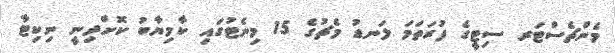
މެންޗެސްޓަރ ސިޓީގެ ފުރަތަމަ ލަނޑު މެޗުގެ 15 މިނެޓުގައި ކާމިޔާބު ކޮށްދިނީ ނިކިޓާ